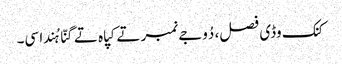
کنک وڈی فصل، دُوجے نمبر تے کپاہ تے گنّا ہُندا سی۔